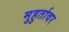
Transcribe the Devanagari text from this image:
मुहुर्तावर